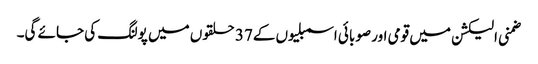
ضمنی الیکشن میں قومی اور صوبائی اسمبلیوں کے37 حلقوں میں پولنگ کی جائے گی۔